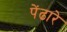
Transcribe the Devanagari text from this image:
पेंढारे